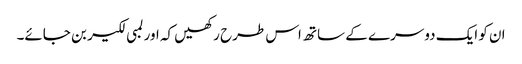
ان کو ایک دوسرے کے ساتھ اس طرح رکھیں کہ اور لمبی لکیر بن جائے۔